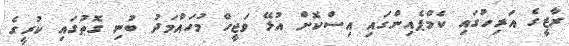
ރާޒީގެ އަރިހުގައި ކެމްޕެއިންގައި އިސްކޮށް އުޅޭ ވަޖީހް މުހައްމަދު ބުނި ގޮތުގައި ކުރީގެ